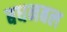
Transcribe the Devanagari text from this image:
बधनबल